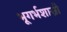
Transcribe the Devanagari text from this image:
भूगर्भशास्री